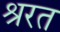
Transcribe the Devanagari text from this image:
श्ररत